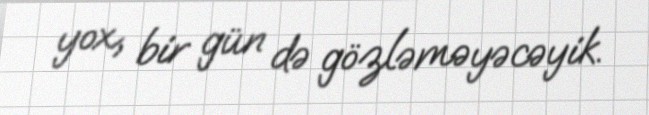
yox, bir gün də gözləməyəcəyik.